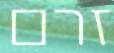
זרם